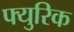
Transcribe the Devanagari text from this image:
फ्युरिक